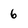
Character: 6